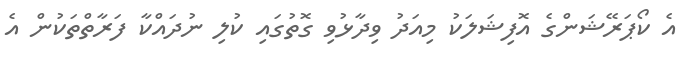
އެ ކޯޕަރޭޝަންގެ އޮފިޝަލަކު މިއަދު ވިދާޅުވި ގޮތުގައި ކުލި ނުދައްކާ ފަރާތްތަކުން އެ